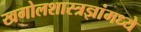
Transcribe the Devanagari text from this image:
खगोलशास्त्रज्ञांमध्ये